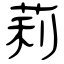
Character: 莉